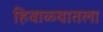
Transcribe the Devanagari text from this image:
हिवाळ्यातला